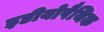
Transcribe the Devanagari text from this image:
इडीयोपैथिक